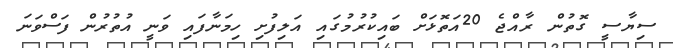
ސިޔާސީ ގޮތުން ރާއްޖެ 20އަތޮޅަށް ބައިކުރުމުގައި އަލިފުށި ހިމަނާފައި ވަނީ އުތުރުން ފަސްވަނަ